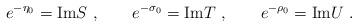
LaTeX: \begin{align*}e^{-\eta_0} = {\rm Im} S\ , \qquad e^{-\sigma _0} = {\rm Im} T\ , \qquad e^{-\rho_0} = {\rm Im} U \ .\end{align*}